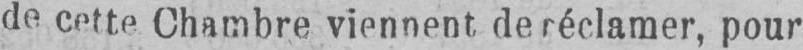
de cette Chambre viennent de réclamer, pour